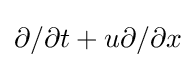
\partial /\partial t+u\partial /\partial x